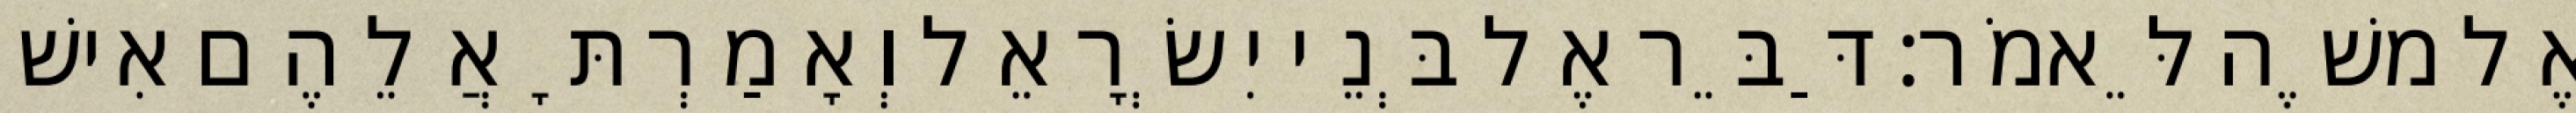
אֶל משֶׁה לֵּאמֹר׃ דַּבֵּר אֶל בְּנֵי יִשְׂרָאֵל וְאָמַרְתָּ אֲלֵהֶם אִישׁ